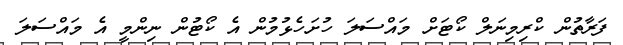
ފަރާތުން ކްރިމިނަލް ކޯޓަށް މައްސަލަ ހުށަހެޅުމުން އެ ކޯޓުން ނިންމީ އެ މައްސަލަ